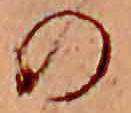
の